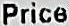
PRICE